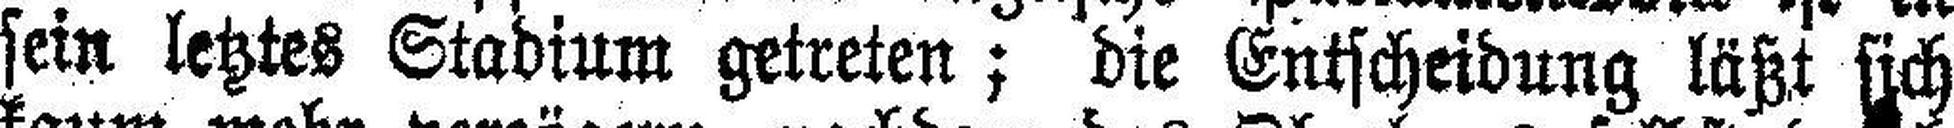
sein letztes Stadium getreten; die Entscheidung läßt sich